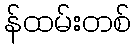
န်ထမ်းတစ်